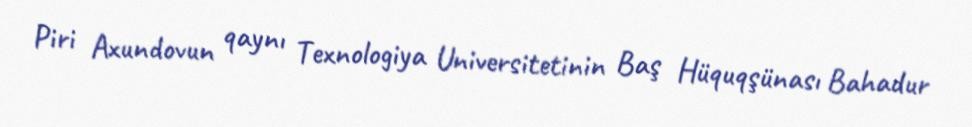
Piri Axundovun qaynı Texnologiya Universitetinin Baş Hüquqşünası Bahadur